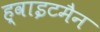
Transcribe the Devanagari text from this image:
ह्वाइटमैन